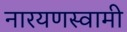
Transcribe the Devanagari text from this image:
नारयणस्वामी